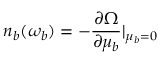
n _ { b } ( \omega _ { b } ) = - \frac { \partial \Omega } { \partial \mu _ { b } } | _ { \mu _ { b } = 0 }